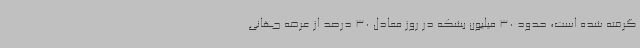
گرفته شده است، حدود 30 میلیون بشکه در روز معادل 30 درصد از عرضه جهانی